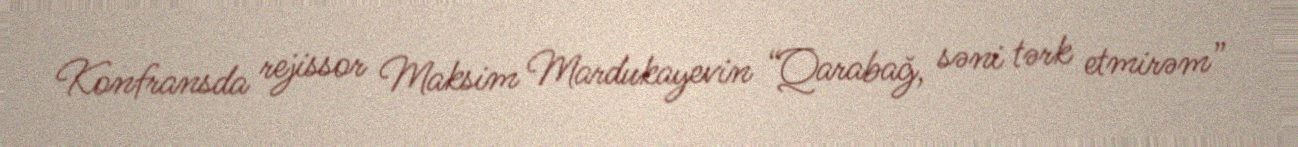
Konfransda rejissor Maksim Mardukayevin “Qarabağ, səni tərk etmirəm”